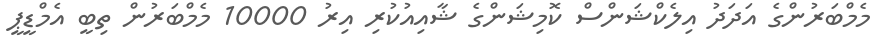
މެމްބަރުންގެ އަދަދު އިލެކްޝަންސް ކޮމިޝަންގެ ޝާއިއުކުރި އިރު 10000 މެމްބަރުން ތިބީ އެމްޑީޕީ